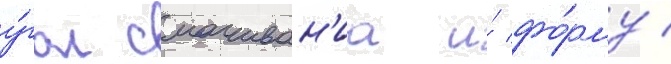
у́гол смачиван'иа и́ фо́рму